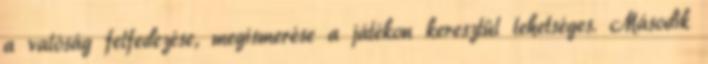
a valóság felfedezése, megismerése a játékon keresztül lehetséges. Második